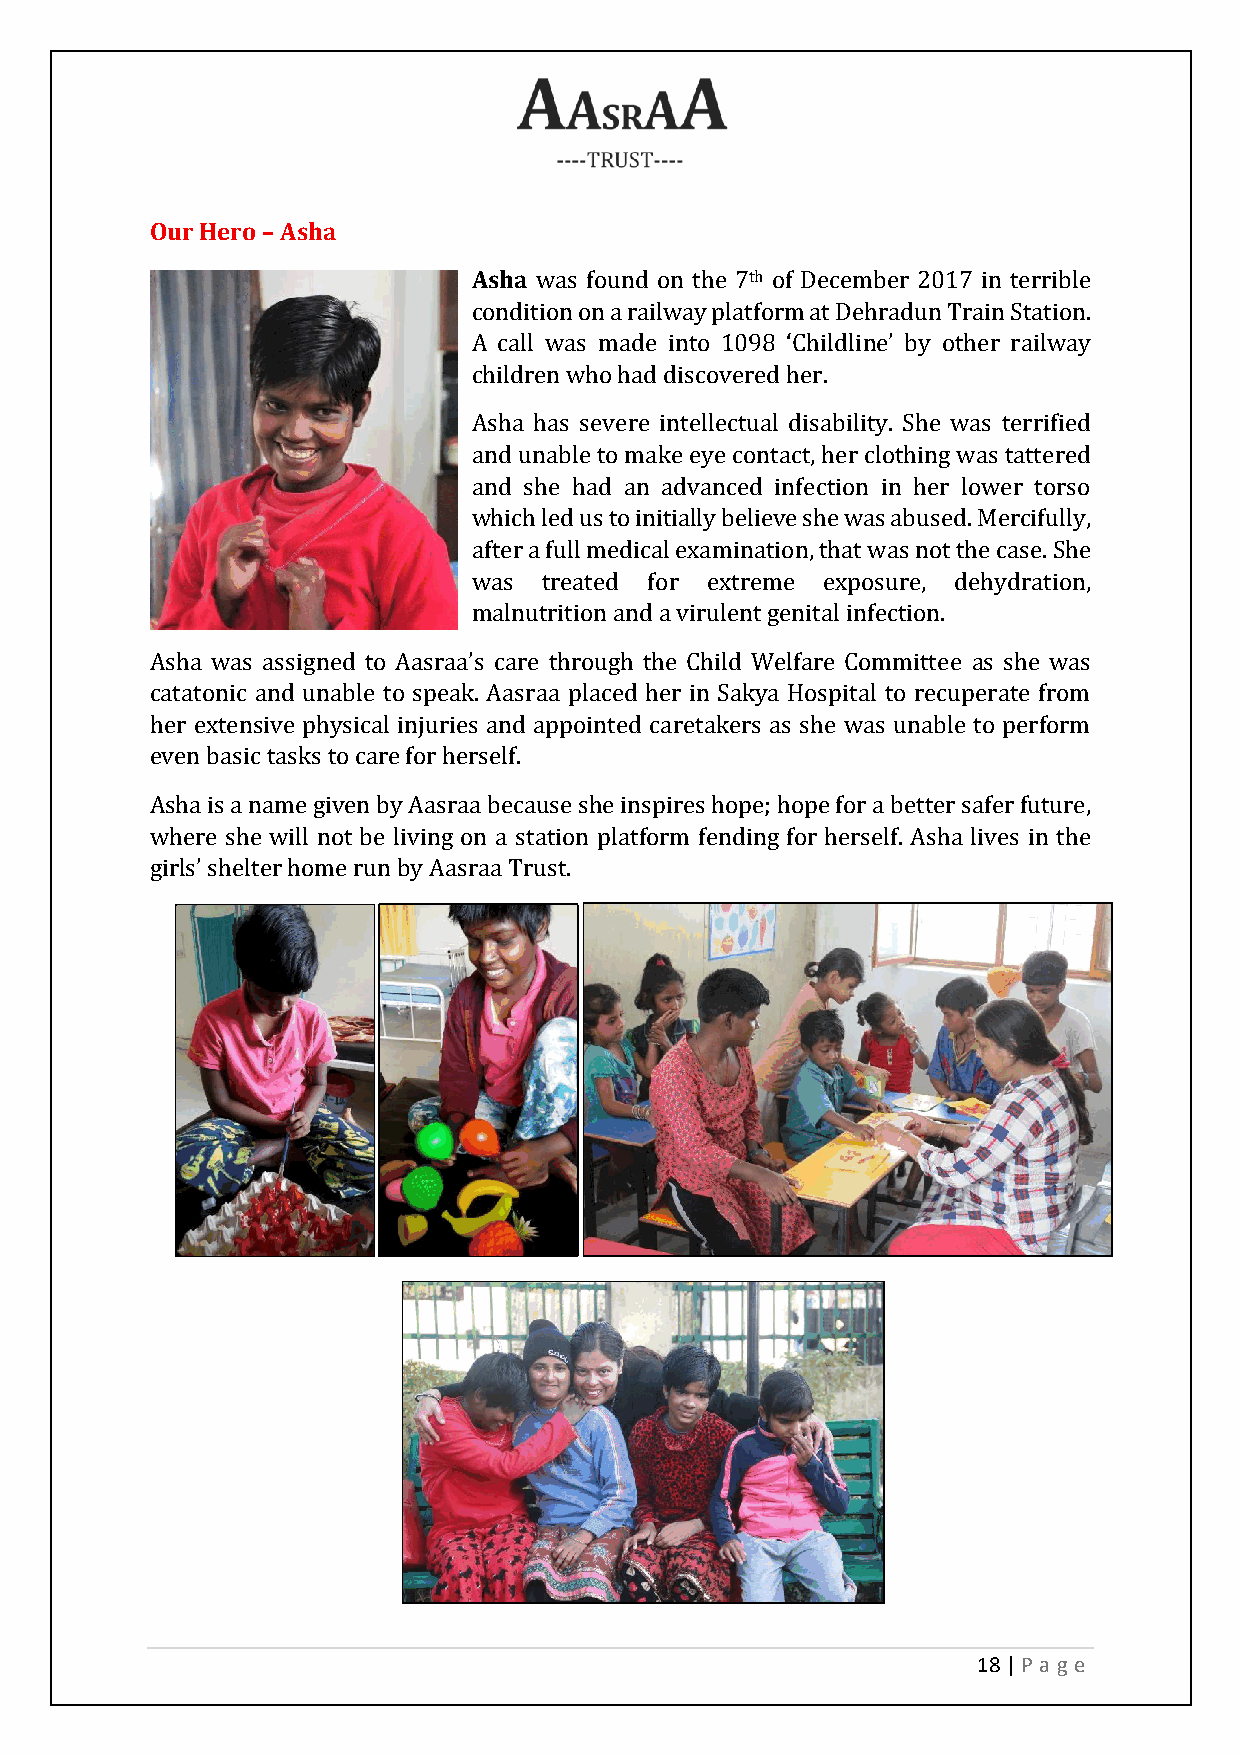
Our Hero – Asha
 Asha was found on the 7th of December 2017 in terrible
 condition on a railway platform at Dehradun Train Station.
 A call was made into 1098 ‘Childline’ by other railway
 children who had discovered her.
 Asha has severe intellectual disability. She was terrified
 and unable to make eye contact, her clothing was tattered
 and she had an advanced infection in her lower torso
 which led us to initially believe she was abused. Mercifully,
 after a full medical examination, that was not the case. She
 was  treated for extreme exposure, dehydration,
 malnutrition and a virulent genital infection.
 Asha was assigned to Aasraa’s care through the Child Welfare Committee as she was
 catatonic and unable to speak. Aasraa placed her in Sakya Hospital to recuperate from
 her extensive physical injuries and appointed caretakers as she was unable to perform
 even basic tasks to care for herself.
 Asha is a name given by Aasraa because she inspires hope; hope for a better safer future,
 where she will not be living on a station platform fending for herself. Asha lives in the
 girls’ shelter home run by Aasraa Trust.
 18 | P age